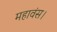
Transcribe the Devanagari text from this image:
महावंस।